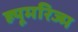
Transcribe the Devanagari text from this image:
ह्यूमरिज्म